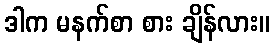
ဒါက မနက်စာ စား ချိန်လား။